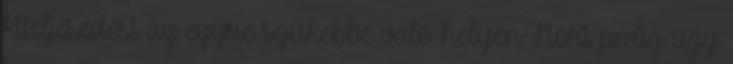
kiteljesedést az egyre szűkebbé váló helyen Nóri pedig úgy